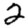
Digit: 2